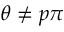
\theta \neq p \pi